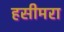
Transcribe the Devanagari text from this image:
हसीमरा